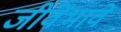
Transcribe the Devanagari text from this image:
जीवेंभावें